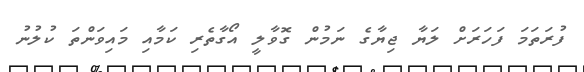
ފުރަތަމަ ފަހަރަށް ލަޔާ ޖިޔާގެ ނަމުން ގޮވާލީ އޯގާތެރި ކަމާއި މައިވަންތަ ކުލުނު